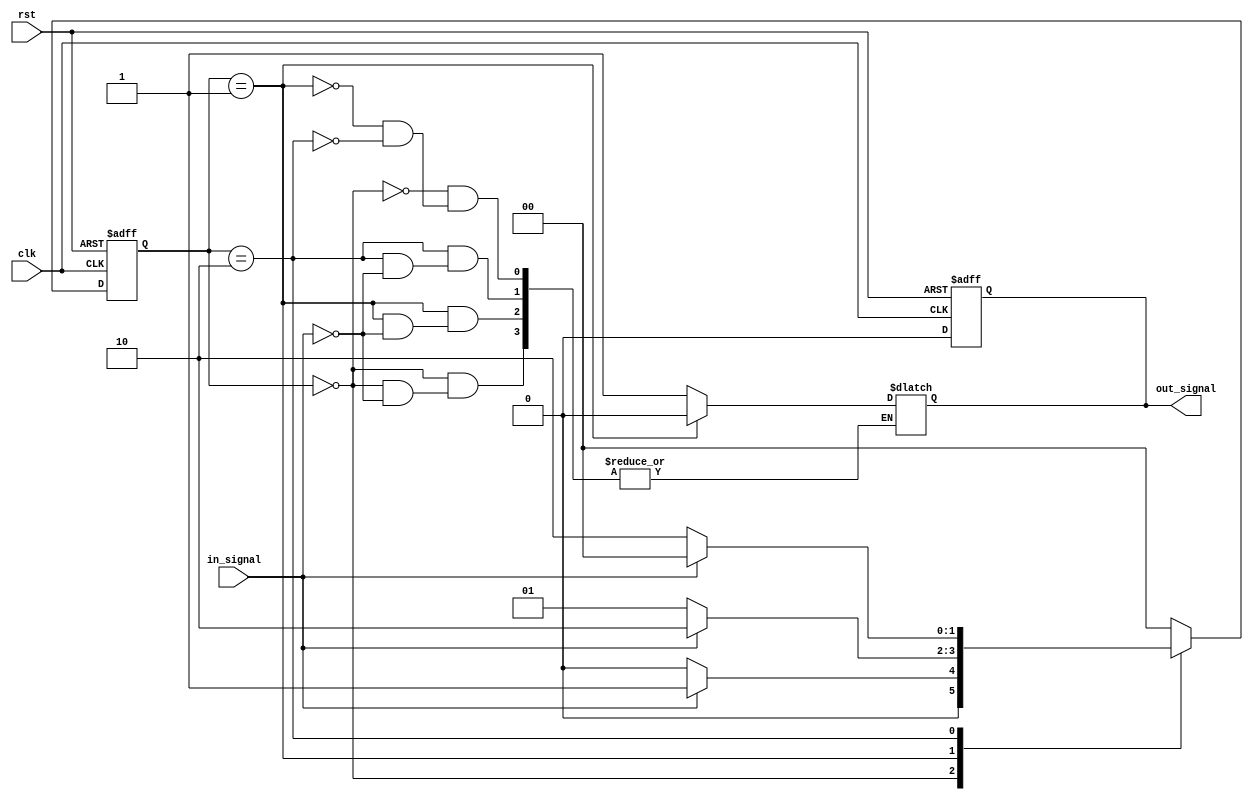
module fsm (
    input wire clk,
    input wire rst,
    input wire in_signal,
    output reg out_signal
);

// Define states
parameter S0 = 2'b00;
parameter S1 = 2'b01;
parameter S2 = 2'b10;

// Define state register
reg [1:0] state, next_state;

// Define output register
reg out_signal;

// Initial state
always @ (posedge clk or posedge rst) begin
    if (rst) begin
        state <= S0;
        out_signal <= 0;
    end else begin
        state <= next_state;
        out_signal <= 0; // Default value
    end
end

// State transition logic
always @* begin
    case (state)
        S0: begin
            if (in_signal) begin
                next_state = S1;
                out_signal = 1;
            end else begin
                next_state = S0;
            end
        end
        S1: begin
            if (in_signal) begin
                next_state = S2;
                out_signal = 0;
            end else begin
                next_state = S1;
            end
        end
        S2: begin
            if (in_signal) begin
                next_state = S0;
                out_signal = 1;
            end else begin
                next_state = S2;
            end
        end
        default: next_state = S0;
    endcase
end

endmodule